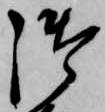
御